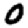
Digit: 0